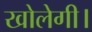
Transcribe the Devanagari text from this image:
खोलेगी।